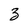
Character: 3